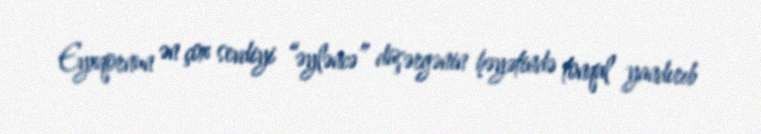
Eyxqornun ən çox sevdiyi “əyləncə” düşərgənin həyətində tonqal yandırıb